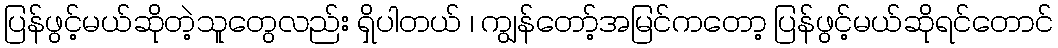
ပြန်ဖွင့်မယ်ဆိုတဲ့သူတွေလည်း ရှိပါတယ် ၊ ကျွန်တော့်အမြင်ကတော့ ပြန်ဖွင့်မယ်ဆိုရင်တောင်